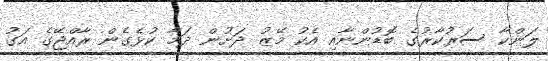
ލަންކާ ސަރުކާރުގެ ބޮޑުންނާއި އެކު މޭޒު ދަށުން ދަމާ ކުޅެގެން ރާއްޖޭގެ އަގު